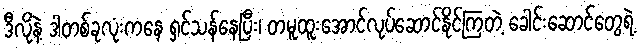
ဒီလိုနဲ့ ဒါတစ်ခုလုံးကနေ ရှင်သန်နေပြီး၊ တမူထူးအောင်လုပ်ဆောင်နိုင်ကြတဲ့ ခေါင်းဆောင်တွေရဲ့